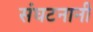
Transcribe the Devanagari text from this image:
संघटनानी